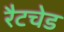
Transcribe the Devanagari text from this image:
रैटचेड